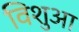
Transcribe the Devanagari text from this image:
विशुआ